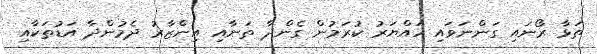
ތަޅާ ރޯނައި ގަންނަވައި ހައްޔަރު ކުރަމުން ގެންދާ ތަނާއި އިންޒާރު ދެމުންދާ އަޑުތަކާއި